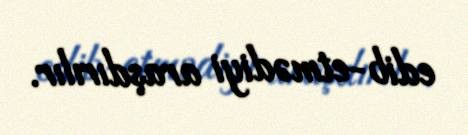
edib-etmədiyi araşdırılır.